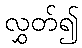
လွှတ်၍